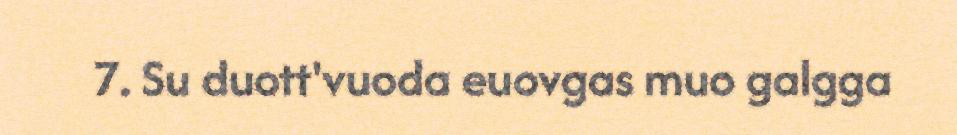
7. Su duott'vuoda euovgas muo galgga